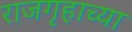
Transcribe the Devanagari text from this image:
राजगृहाच्या